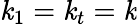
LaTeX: \mathit{k}_{1}=\mathit{k}_{t}=\mathit{k}